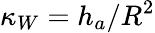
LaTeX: \kappa_{W}=h_{a}/R^{2}